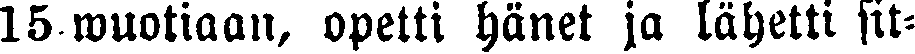
15 wuotiaan, opetti hänet ja lähetti sit-